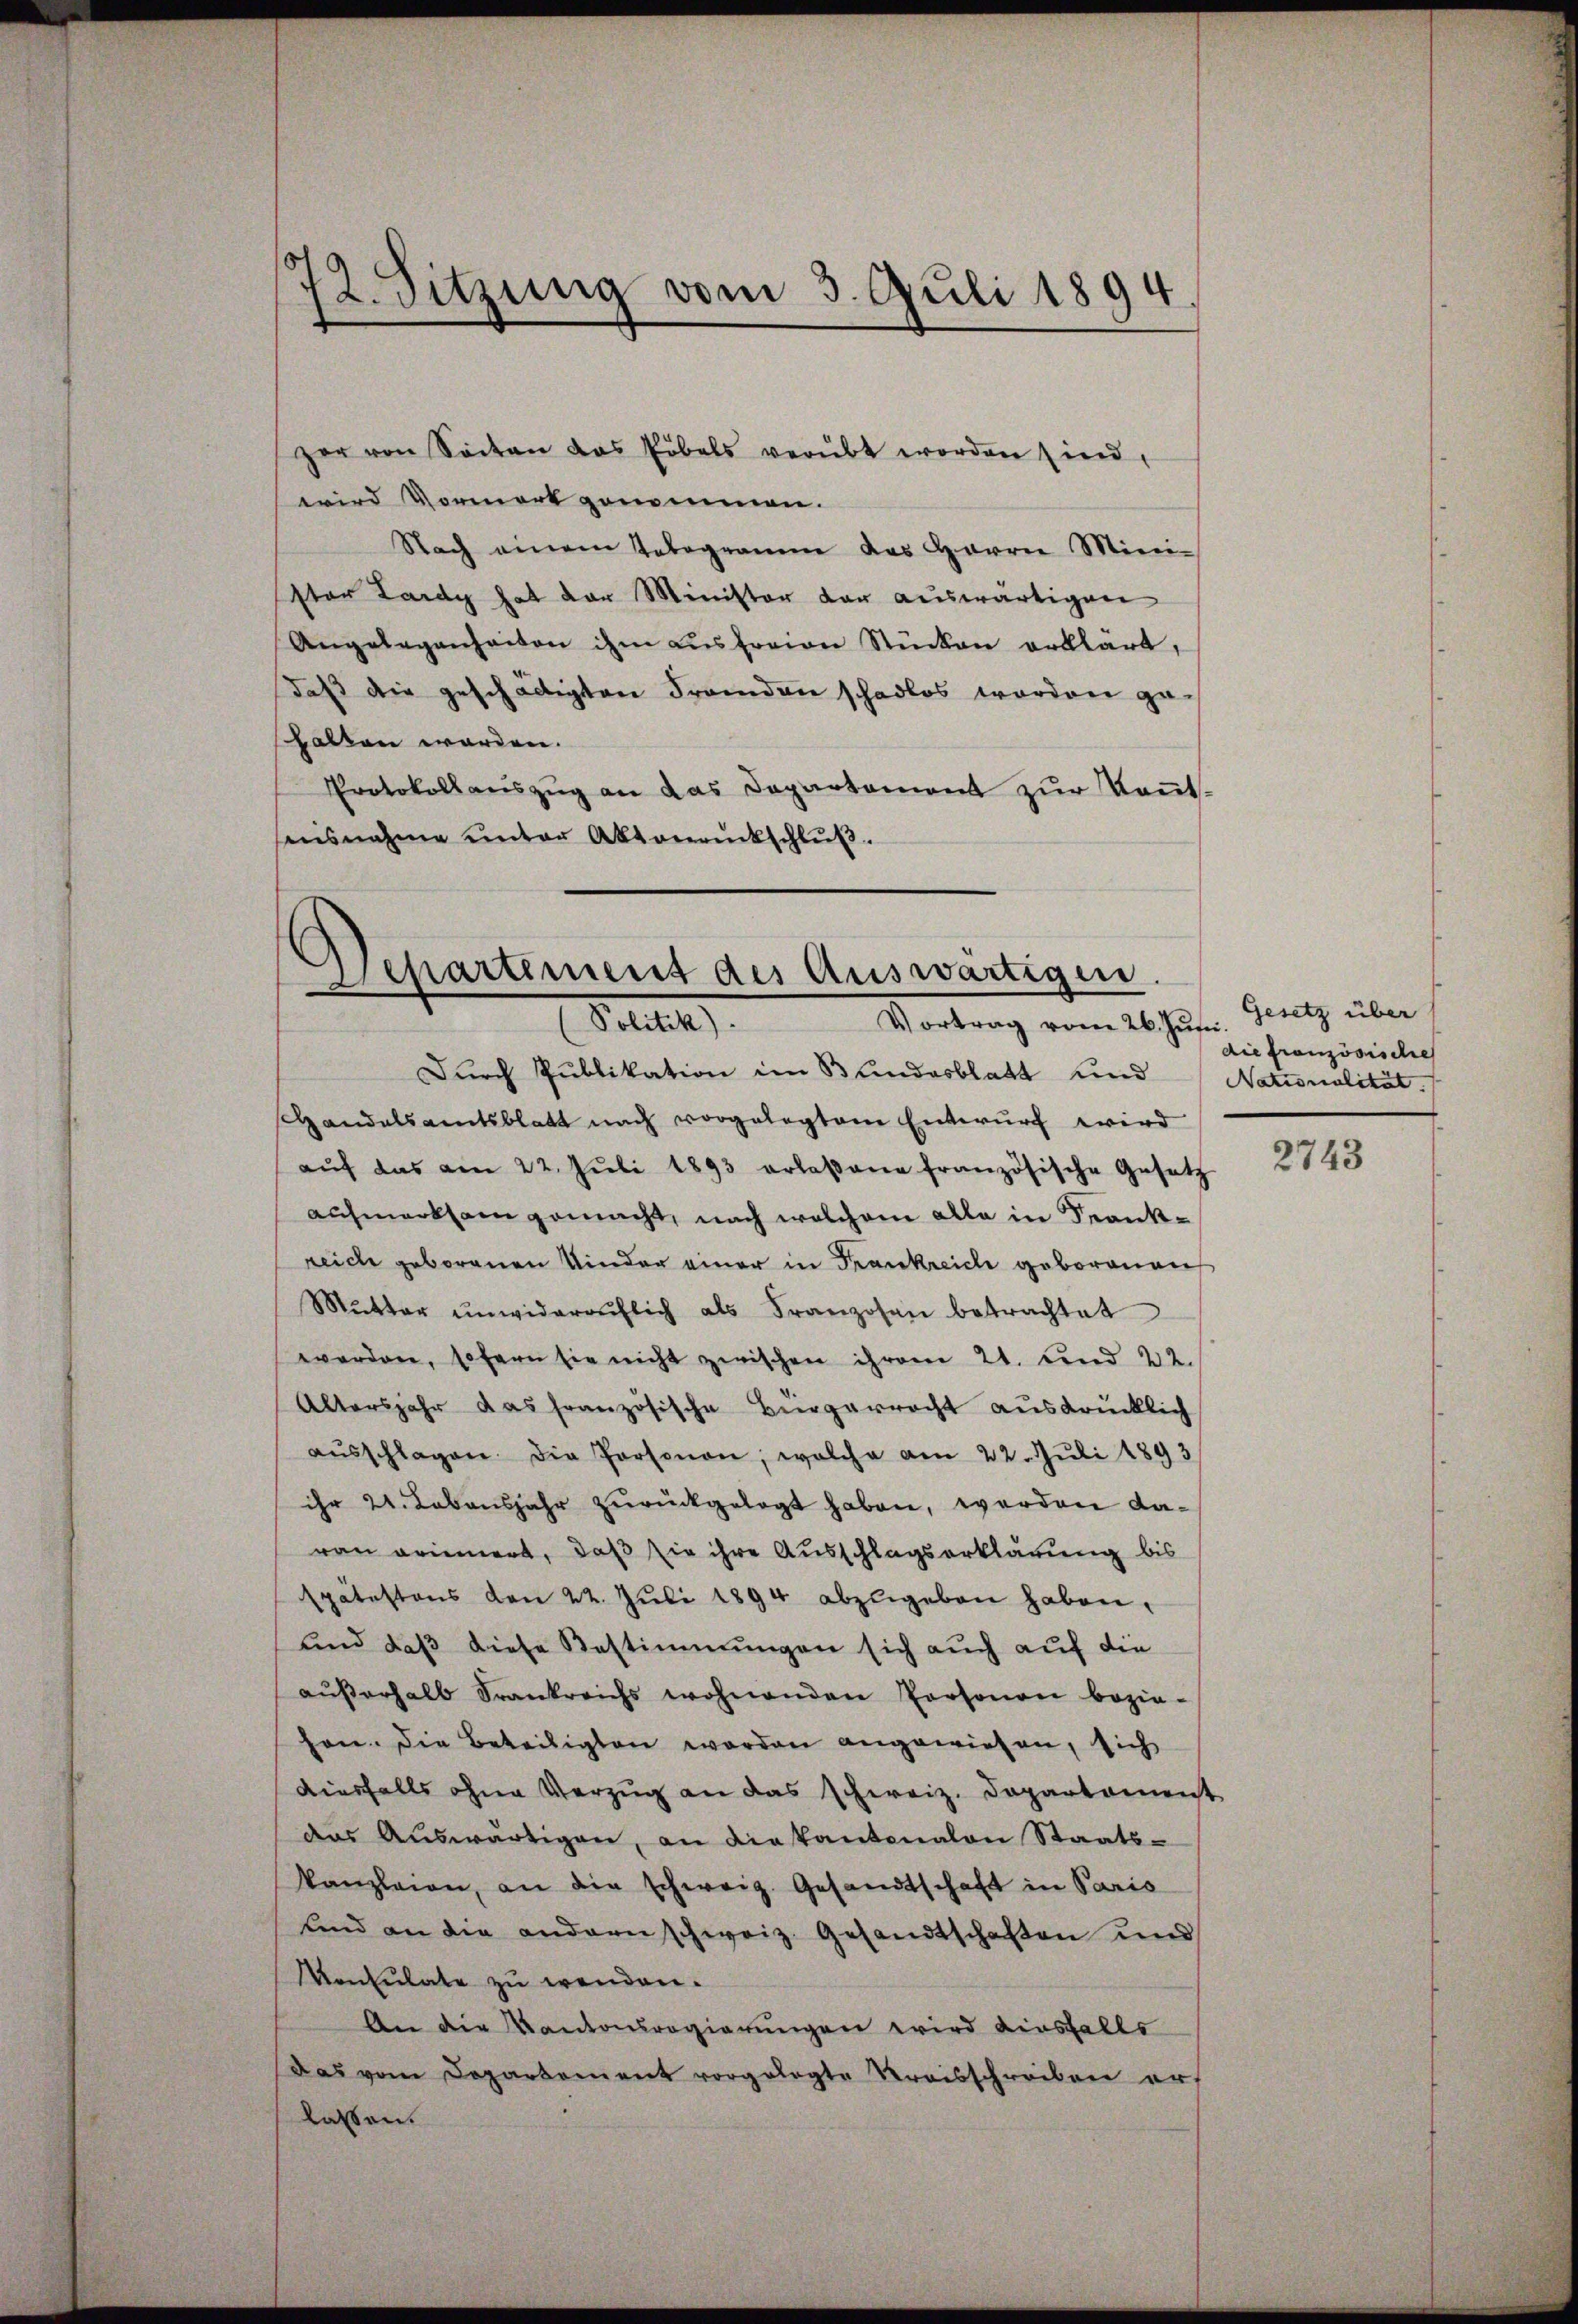
12. Sitzung vom 3. Juli 1894

zer von Seiten das Pöbels verübt worden sind
wird Vormort genommen.
Nach einem Telegramm das Harren Mini-
ston Lardy hat der Minister der auswärtigen
Angelegenheiten ihm ausfreien Stücken erklärt,
daß die geschädigten Fremden schadlos worden ge-
halten worden.
Protokoll aŭszŭg an das Departement zŭr Keṅt-
ensnahme unter Abtonruckschluß.

Separtement des Auswärtigen.
Petitel
Vortrag vom 26. Jusi.

Durch Publikation im Bundesblatt und Nationalität.
Handelsamtsblatt nach vorgelegten Entwurf wird
aŭf das am 22. Jŭli 1893 erlaßene französische Gesetz
Aufmerksam gemacht, nach welchem alle in Frankreich geborenen Kinder einer in Frankreiche geborenen
Mŭtter unwideraŭflich als Franzosen betrachtet
werden, sofern sie nicht zwischen ihrem 21. und 22.
Altersjahr das französische Bürgerrecht ausdrücklich
aŭsschlagen. Die Personen, welche am 22. Juli 1893
ihr 24. Lebensjahr zurückgelegt haben, werden davon erinnert, daß sie ihre Ausschlagserklärung bis
spätestens den 22. Jŭli 1894 abzŭgeben haben.
und daß diese Bestimmungen sich auch auf die
aŭβerhalb Frankreichs wohnenden Personen bezie-
hen. Die Beteiligten worden angewiesen, sich
diesfalls ohne Verzug an das schweiz. Departament
das Aŭswärtigen, an die kantonalen Staats-
kanzleien, an die schweiz. Gesandtschaft in Paris
und an die andern schweiz. Gesandtschaften und
Konsulate zu wenden.
An die Kantonsregierungen wird diesfalls
Das vom Departement vorgelegte Kreisschreiben ers
lassen.

Gesetz über
die französische

2743